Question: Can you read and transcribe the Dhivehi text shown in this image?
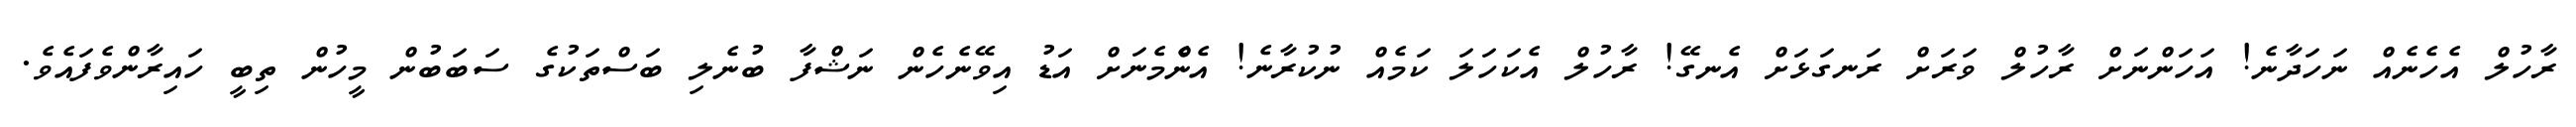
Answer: ރާހުލް އެހެނެއް ނަހަދާނެ! އަހަންނަށް ރާހުލް ވަރަށް ރަނގަޅަށް އެނގޭ! ރާހުލް އެކަހަލަ ކަމެއް ނުކުރާނެ! އެންެމެނަށް އަޑު އިވޭނެހެން ނަޝްފާ ބުނެލި ބަސްތަކުގެ ސަބަބުން މީހުން ތިބީ ހައިރާންވެފައެވެ.